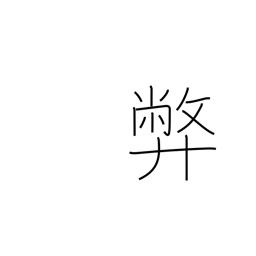
Meaning: vice